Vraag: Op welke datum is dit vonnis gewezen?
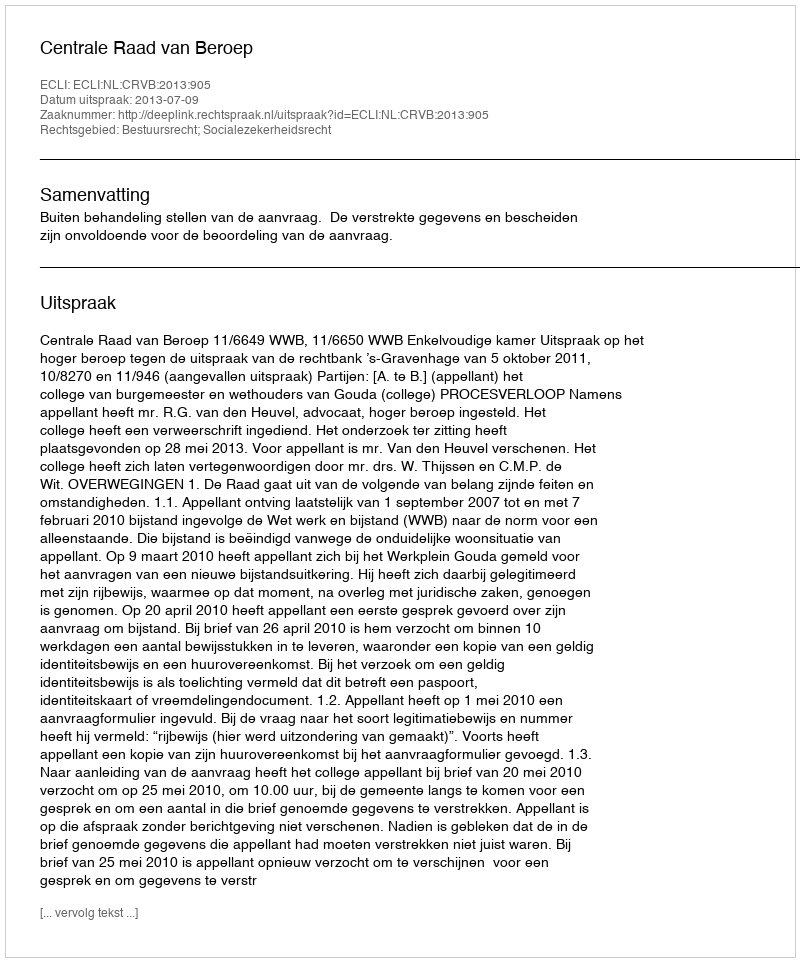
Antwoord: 2013-07-09